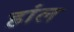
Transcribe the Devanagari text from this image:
हांल